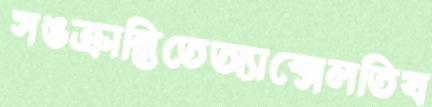
সঙক্রান্তিতেঅ্যাক্সেলতিষ